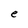
Character: e